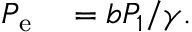
\begin{array} { r l } { P _ { \mathrm { e } } } & { { } = b P _ { 1 } / \gamma . } \end{array}